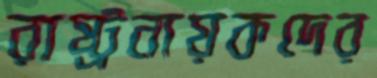
রাষ্ট্রনায়কদের